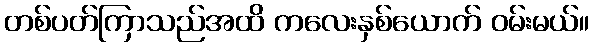
တစ်ပတ်ကြာသည်အထိ ကလေးနှစ်ယောက် ဝမ်းမယ်။